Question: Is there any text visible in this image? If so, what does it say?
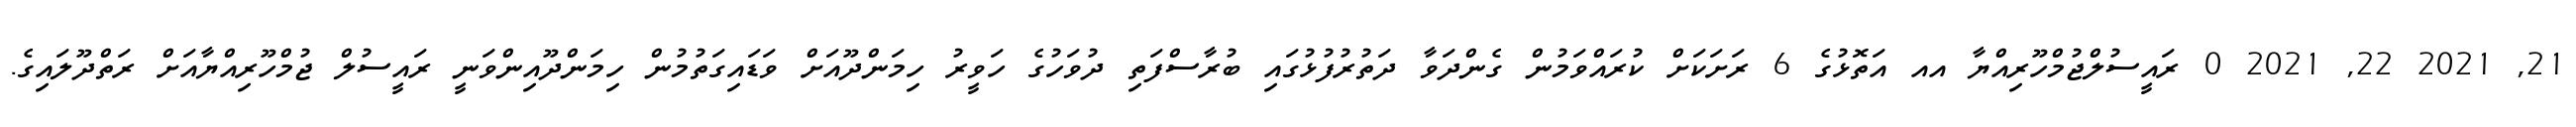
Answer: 21, 2021 22, 2021 0 ރައީސުލްޖުމްހޫރިއްޔާ އއ އަތޮޅުގެ 6 ރަށަކަށް ކުރައްވަމުން ގެންދަވާ ދަތުރުފުޅުގައި ބުރާސްފަތި ދުވަހުގެ ހަވީރު ހިމަންދޫއަށް ވަޑައިގަތުމުން ހިމަންދޫއިންވަނީ ރައީސުލް ޖުމްހޫރިއްޔާއަށް ރަތްދޫލައިގެ.